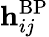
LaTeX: \mathbf{h}_{ij}^{\mathrm{BP}}